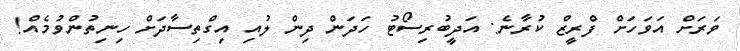
ވަރަށް އަވަހަށް ފްރީޒް ކުރާނެ: އަދީބުރިސޯޓު ހަދަން ދިން ލުއި އިގްތިސާދަށް ހިނިތުންވުމެއް!